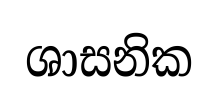
ශාසනික